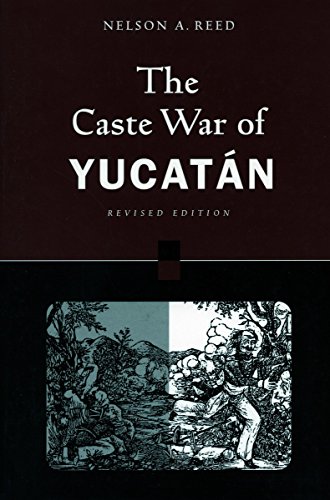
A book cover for The Caste War of Yucatan [Revised Edition]; Nelson Reed; History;